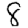
Digit: 8